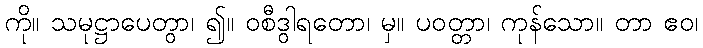
ကို။ သမုဋ္ဌာပေတွာ၊ ၍။ ဝစီဒွါရတော၊ မှ။ ပဝတ္တာ၊ ကုန်သော။ တာ ဧဝ၊